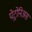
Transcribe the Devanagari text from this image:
पेट्रोनिअस